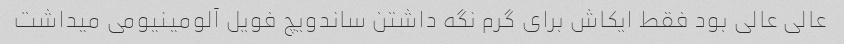
عالی عالی بود فقط ایکاش برای گرم نگه داشتن ساندویچ فویل آلومینیومی میداشت